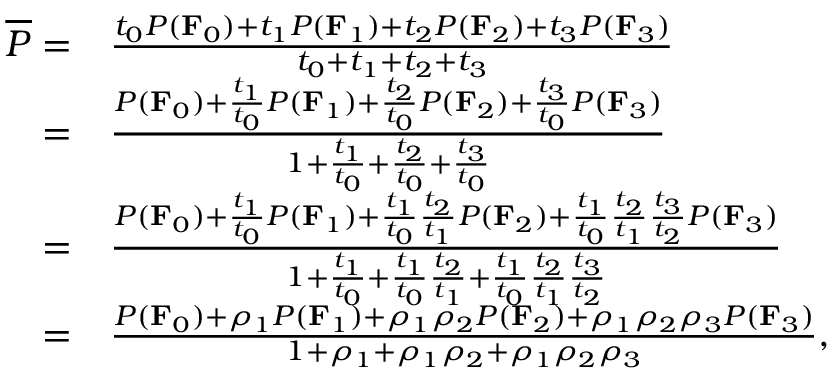
\begin{array} { r l } { \overline { { P } } = } & { \frac { t _ { 0 } P ( \mathbf { F } _ { 0 } ) + t _ { 1 } P ( \mathbf { F } _ { 1 } ) + t _ { 2 } P ( \mathbf { F } _ { 2 } ) + t _ { 3 } P ( \mathbf { F } _ { 3 } ) } { t _ { 0 } + t _ { 1 } + t _ { 2 } + t _ { 3 } } } \\ { = } & { \frac { P ( \mathbf { F } _ { 0 } ) + \frac { t _ { 1 } } { t _ { 0 } } P ( \mathbf { F } _ { 1 } ) + \frac { t _ { 2 } } { t _ { 0 } } P ( \mathbf { F } _ { 2 } ) + \frac { t _ { 3 } } { t _ { 0 } } P ( \mathbf { F } _ { 3 } ) } { 1 + \frac { t _ { 1 } } { t _ { 0 } } + \frac { t _ { 2 } } { t _ { 0 } } + \frac { t _ { 3 } } { t _ { 0 } } } } \\ { = } & { \frac { P ( \mathbf { F } _ { 0 } ) + \frac { t _ { 1 } } { t _ { 0 } } P ( \mathbf { F } _ { 1 } ) + \frac { t _ { 1 } } { t _ { 0 } } \frac { t _ { 2 } } { t _ { 1 } } P ( \mathbf { F } _ { 2 } ) + \frac { t _ { 1 } } { t _ { 0 } } \frac { t _ { 2 } } { t _ { 1 } } \frac { t _ { 3 } } { t _ { 2 } } P ( \mathbf { F } _ { 3 } ) } { 1 + \frac { t _ { 1 } } { t _ { 0 } } + \frac { t _ { 1 } } { t _ { 0 } } \frac { t _ { 2 } } { t _ { 1 } } + \frac { t _ { 1 } } { t _ { 0 } } \frac { t _ { 2 } } { t _ { 1 } } \frac { t _ { 3 } } { t _ { 2 } } } } \\ { = } & { \frac { P ( \mathbf { F } _ { 0 } ) + \rho _ { 1 } P ( \mathbf { F } _ { 1 } ) + \rho _ { 1 } \rho _ { 2 } P ( \mathbf { F } _ { 2 } ) + \rho _ { 1 } \rho _ { 2 } \rho _ { 3 } P ( \mathbf { F } _ { 3 } ) } { 1 + \rho _ { 1 } + \rho _ { 1 } \rho _ { 2 } + \rho _ { 1 } \rho _ { 2 } \rho _ { 3 } } , } \end{array}